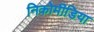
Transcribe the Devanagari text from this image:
निकोमीडिया